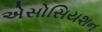
એસોસિયશન